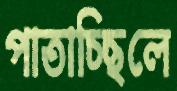
পাতাচ্ছিলে